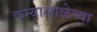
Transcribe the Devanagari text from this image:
कन्याशाळेच्या